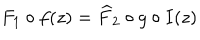
LaTeX: F _ { 1 } \circ f ( z ) = \widehat { F } _ { 2 } \circ g \circ I ( z )